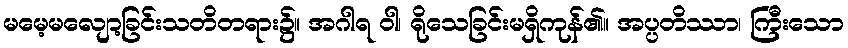
မမေ့မလျော့ခြင်းသတိတရား၌။ အဂါရ ဝါ၊ ရိုသေခြင်းမရှိကုန်၏။ အပ္ပတိဿာ၊ ကြီးသော